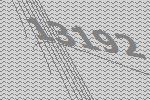
13192